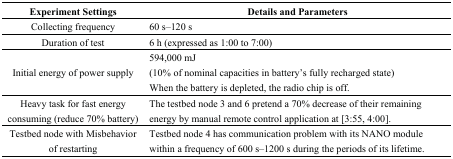
<table><thead><tr><td><b>Experiment Settings</b></td><td><b>Details and Parameters</b></td></tr></thead><tbody><tr><td>Collecting frequency</td><td>60 s–120 s</td></tr><tr><td>Duration of test</td><td>6 h (expressed as 1:00 to 7:00)</td></tr><tr><td>Initial energy of power supply</td><td>594,000 mJ (10% of nominal capacities in battery’s fully recharged state) When the battery is depleted, the radio chip is off.</td></tr><tr><td>Heavy task for fast energy consuming (reduce 70% battery)</td><td>The testbed node 3 and 6 pretend a 70% decrease of their remaining energy by manual remote control application at [3:55, 4:00].</td></tr><tr><td>Testbed node with Misbehavior of restarting</td><td>Testbed node 4 has communication problem with its NANO module within a frequency of 600 s–1200 s during the periods of its lifetime.</td></tr></tbody></table>